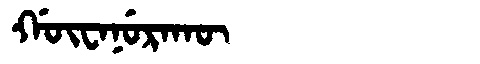
Manchu: ᡤᡡᠸᠠᠨᡠᡵᠠᡴᡡ
Romanization: GŪWANURAKŪ